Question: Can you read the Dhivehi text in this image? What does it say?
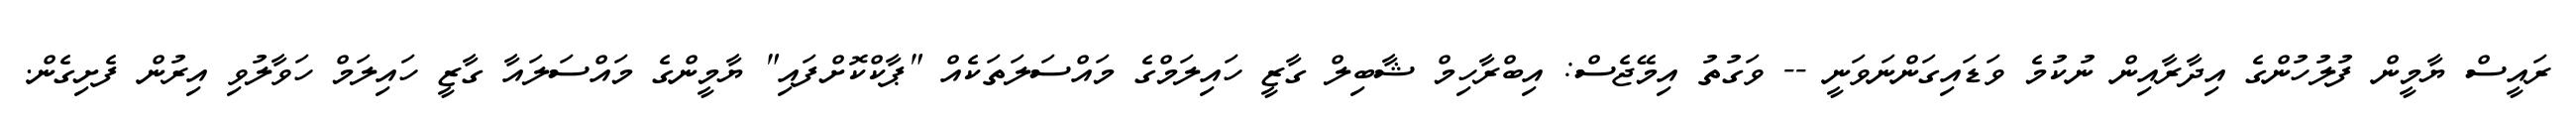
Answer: ރައީސް ޔާމީން ފުލުހުންގެ އިދާރާއިން ނުކުމެ ވަޑައިގަންނަވަނީ -- ވަގުތު އިމޭޖެސް: އިބްރާހިމް ޝާބިލް ގާޒީ ހައިލަމްގެ މައްސަލަތަކެއް "ޕާކްކޮށްފައި" ޔާމީންގެ މައްސަލައާ ގާޒީ ހައިލަމް ހަވާލުވި އިރުން ފެށިގެން.